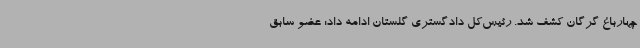
چهارباغ گرگان کشف شد. رئیس‌کل دادگستری گلستان ادامه داد: عضو سابق